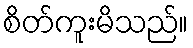
စိတ်ကူးမိသည်။